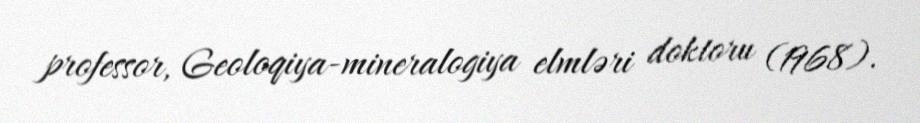
professor, Geoloqiya-mineralogiya elmləri doktoru (1968).